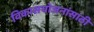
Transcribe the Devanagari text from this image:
विकासयोजनांसाठी